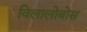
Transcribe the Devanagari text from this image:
विलालोबोस